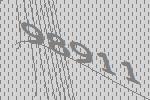
98911